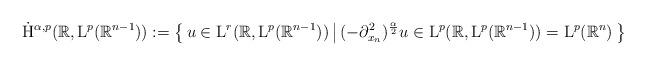
LaTeX: \begin{align*} \dot{\mathrm{H}}^{\alpha,p}(\mathbb{R},\mathrm{L}^p(\mathbb{R}^{n-1})) := \left\{\,u\in\mathrm{L}^{r}(\mathbb{R},\mathrm{L}^p(\mathbb{R}^{n-1}))\,\big|\, (-\partial_{x_n}^2)^{\frac{\alpha}{2}}u\in\mathrm{L}^{p}(\mathbb{R},\mathrm{L}^p(\mathbb{R}^{n-1}))=\mathrm{L}^p(\mathbb{R}^{n})\,\right\}\end{align*}